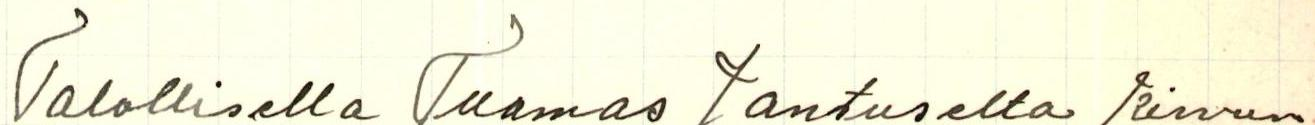
Talollisella Tuomas Jantuselta Kirvun